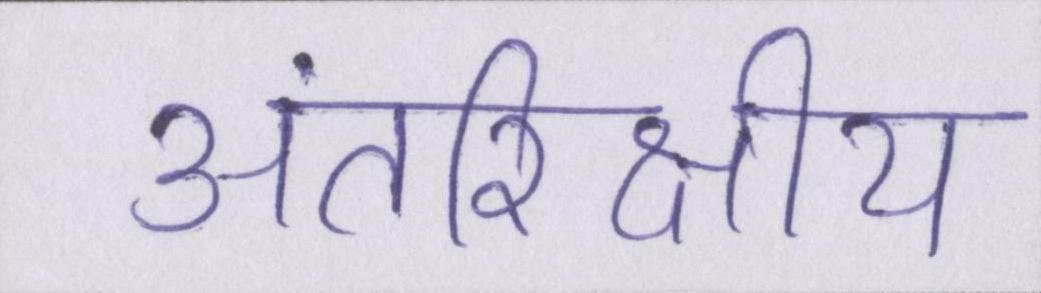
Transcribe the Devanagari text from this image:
अंतरिक्षीय